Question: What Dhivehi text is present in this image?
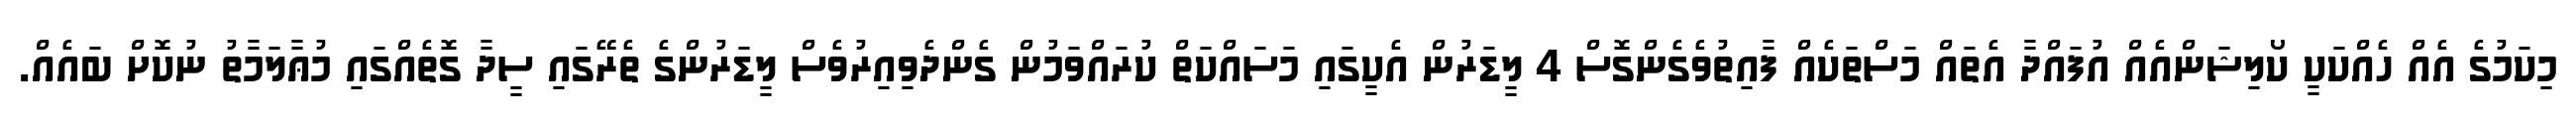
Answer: މިކަމުގެ އެއް ހެއްކަކީ ކޯލިޝަންއެއް އުފައްދާ އެތައް މަސްތަކެއް ފާއިތުވެގެންގޮސް 4 ލީޑަރުން އެކީގައި މަސައްކަތް ކުރައްވަމުން ގެންދެވިއިރުވެސް ލީޑަރުންގެ ތެރޭގައި ސީދާ ގޮތެއްގައި މުޢާލަމާތު ނުކޮށް ބައެއް.